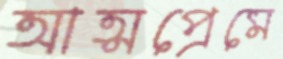
আত্মপ্রেমে